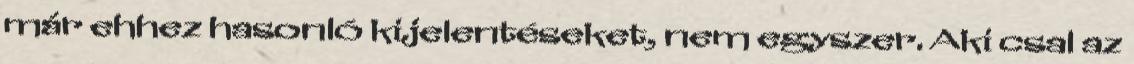
már ehhez hasonló kijelentéseket, nem egyszer. Aki csal az